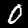
Label: 0